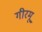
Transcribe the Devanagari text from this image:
गीरमू